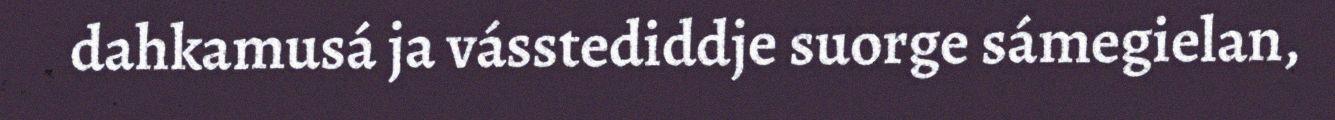
dahkamusá ja vásstediddje suorge sámegielan,